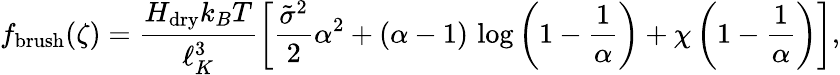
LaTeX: f_{\mathrm{brush}}(\zeta)=\frac{H_{\mathrm{dry}}k_{B}T}{\ell_{K}^{3}}\left[\frac{\tilde{\sigma}^{2}}{2}\alpha^{2}+(\alpha-1)\, \log\left(1-\frac{1}{\alpha}\right)+\chi\left(1-\frac{1}{\alpha}\right)\right],